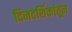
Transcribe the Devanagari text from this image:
दिनदर्शिकांतून